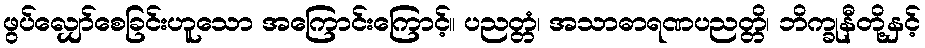
ဖွပ်လျှော်စေခြင်းဟူသော အကြောင်းကြောင့်။ ပညတ္တံ၊ အသာဓာရဏပညတ္တိ၊ ဘိက္ခုနီတို့နှင့်